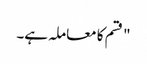
" قسم کا معاملہ ہے۔